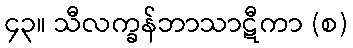
၄၃။ သီလက္ခန်ဘာသာဋီကာ (စ)